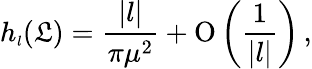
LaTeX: h_{\scriptscriptstyle{l}}(\mathfrak{L})=\frac{{|l|}}{{\pi\mu^{2}}}+\mathrm{{O}}\left(\frac{{1}}{{|l|}}\right)\, ,